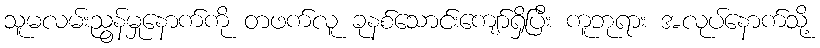
သူမလမ်းညွန်မှုနောက်ကို တဖက်လူ ခုနစ်သောင်းကျော်ရှိပြီး ကူဘုရား အလုပ်နောက်သို့